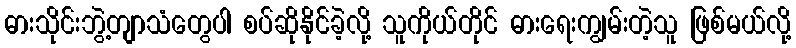
ဓားသိုင်းဘွဲ့တျာသံတွေပါ စပ်ဆိုနိုင်ခဲ့လို့ သူကိုယ်တိုင် ဓားရေးကျွမ်းတဲ့သူ ဖြစ်မယ်လို့